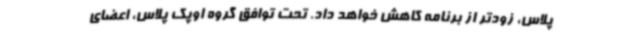
پلاس، زودتر از برنامه کاهش خواهد داد. تحت توافق گروه اوپک پلاس، اعضای